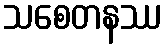
သစေတနဿ